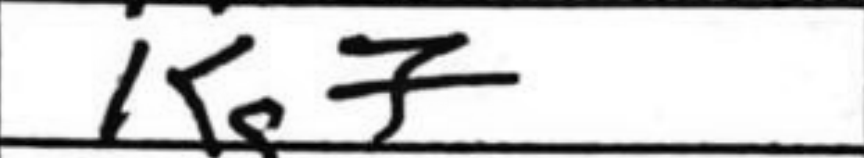
Transcription: Kg7